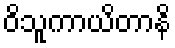
ဝိသူကာယိတာနိ